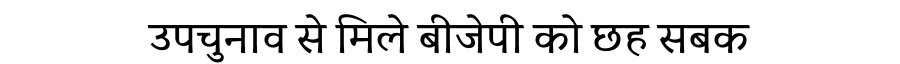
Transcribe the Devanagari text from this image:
उपचुनाव से मिले बीजेपी को छह सबक